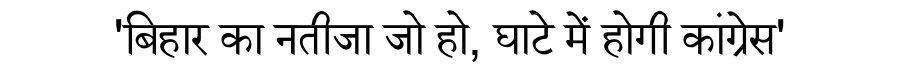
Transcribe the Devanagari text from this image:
'बिहार का नतीजा जो हो, घाटे में होगी कांग्रेस'